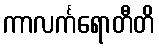
ကာလင်္ကရောတီတိ